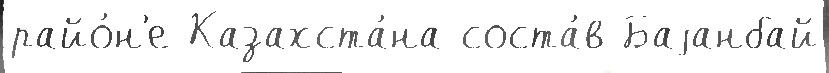
райо́н'е Казахста́на соста́в Баjанбай